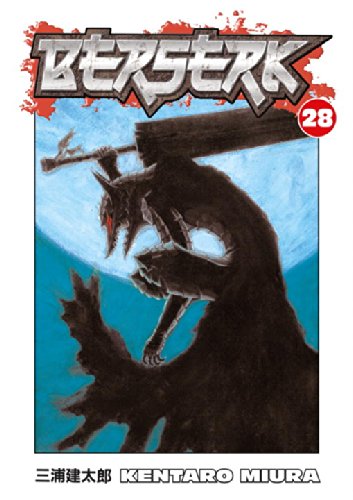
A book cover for Berserk, Vol. 28; Kentaro Miura; Comics & Graphic Novels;